Document type: Grant
Year: 1403
Scribe: Berenguer Pedrosell
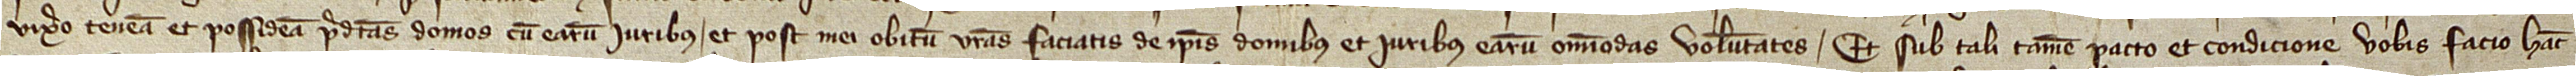
vixero teneam et possideam predictas domos cum earum iuribus, et post mei obitum vestras faciatis de ipsis domibus et iuribus earum omnimodas voluntates. Et sub tali tamen pacto et condicione vobis facio hanc